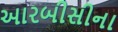
આરબીસીના